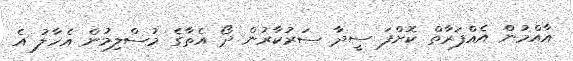
އާއްމުން އެއްފަރާތް ކޮށްފަ ސީދާ ސަރުކާރުން ދޯ އެތާގެ މުސްލިމުން އެހާލު އެ